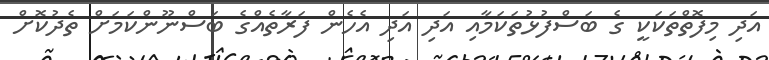
އަދި މިފޮތްތަކަކީ ގެ ބަސްފުޅުތަކަމާއި އަދި އަދި އެހެން ފަރާތެއްގެ ބަސްނޫންކަމަށް ތެދުކޮށް